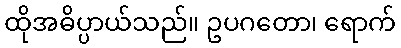
ထိုအဓိပ္ပာယ်သည်။ ဥပဂတော၊ ရောက်